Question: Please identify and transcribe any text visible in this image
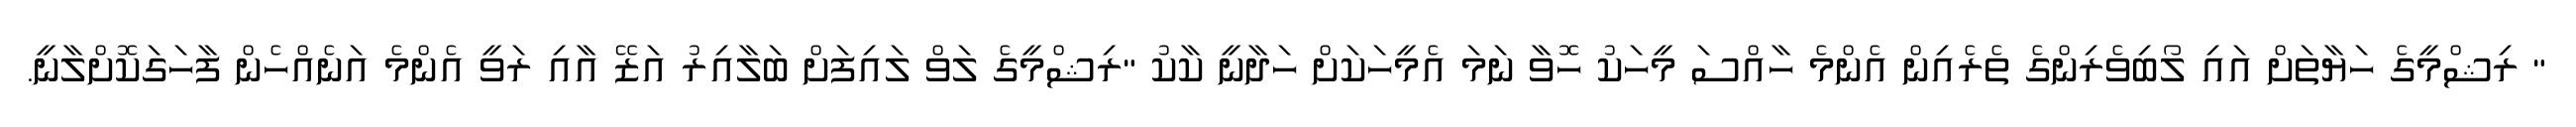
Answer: " ރިޝްމީގެ ހަޔާތަށް އައި ލޯބިވެރިންގެ ތެރެއިން އެންމެ ހާއްސަ މީހަކު ހޮވާ ނަމަ އެމީހަކަށް ހަދާނީ ކާކު "ރިޝްމީގެ ލަވް ލައިފަށް ބަލާއިރު އަޒޭ އާއި ރަވީ އެންމެ އަނެއްހެން ފާހަގަކޮށްލާނީ.